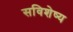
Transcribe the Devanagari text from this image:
सविशेष्य